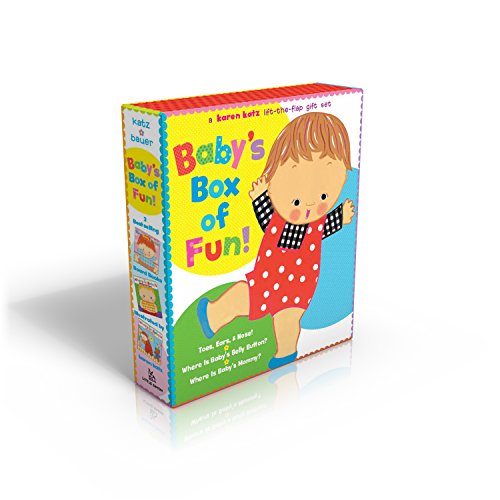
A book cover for Baby's Box of Fun: A Karen Katz Lift-the-Flap Gift Set: Where Is Baby's Bellybutton?; Where Is Baby's Mommy?: Toes, Ears, & Nose!; Marion Dane Bauer; Children's Books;